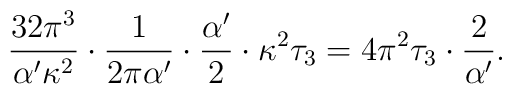
{32\pi^3\over\alpha'\kappa^2}\cdot{1\over2\pi\alpha'}\cdot{\alpha'\over2}\cdot\kappa^2\tau_3=4\pi^2\tau_3\cdot{2\over\alpha'}.